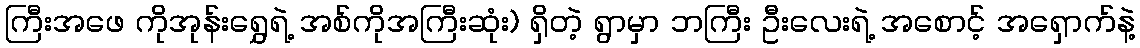
ကြီးအဖေ ကိုအုန်းရွှေရဲ့ အစ်ကိုအကြီးဆုံး) ရှိတဲ့ ရွာမှာ ဘကြီး ဦးလေးရဲ့ အစောင့် အရှောက်နဲ့